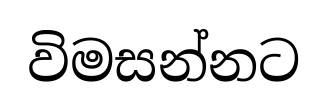
විමසන්නට